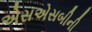
એસએસબીની